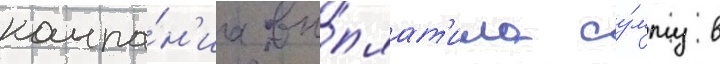
компа́н'иа вы́плат'ила су́мму в